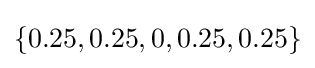
\{0.25,0.25,0,0.25,0.25\}